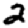
Digit: 2